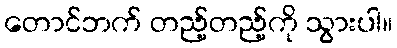
တောင်ဘက် တည့်တည့်ကို သွားပါ။